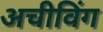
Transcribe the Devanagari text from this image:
अचीविंग